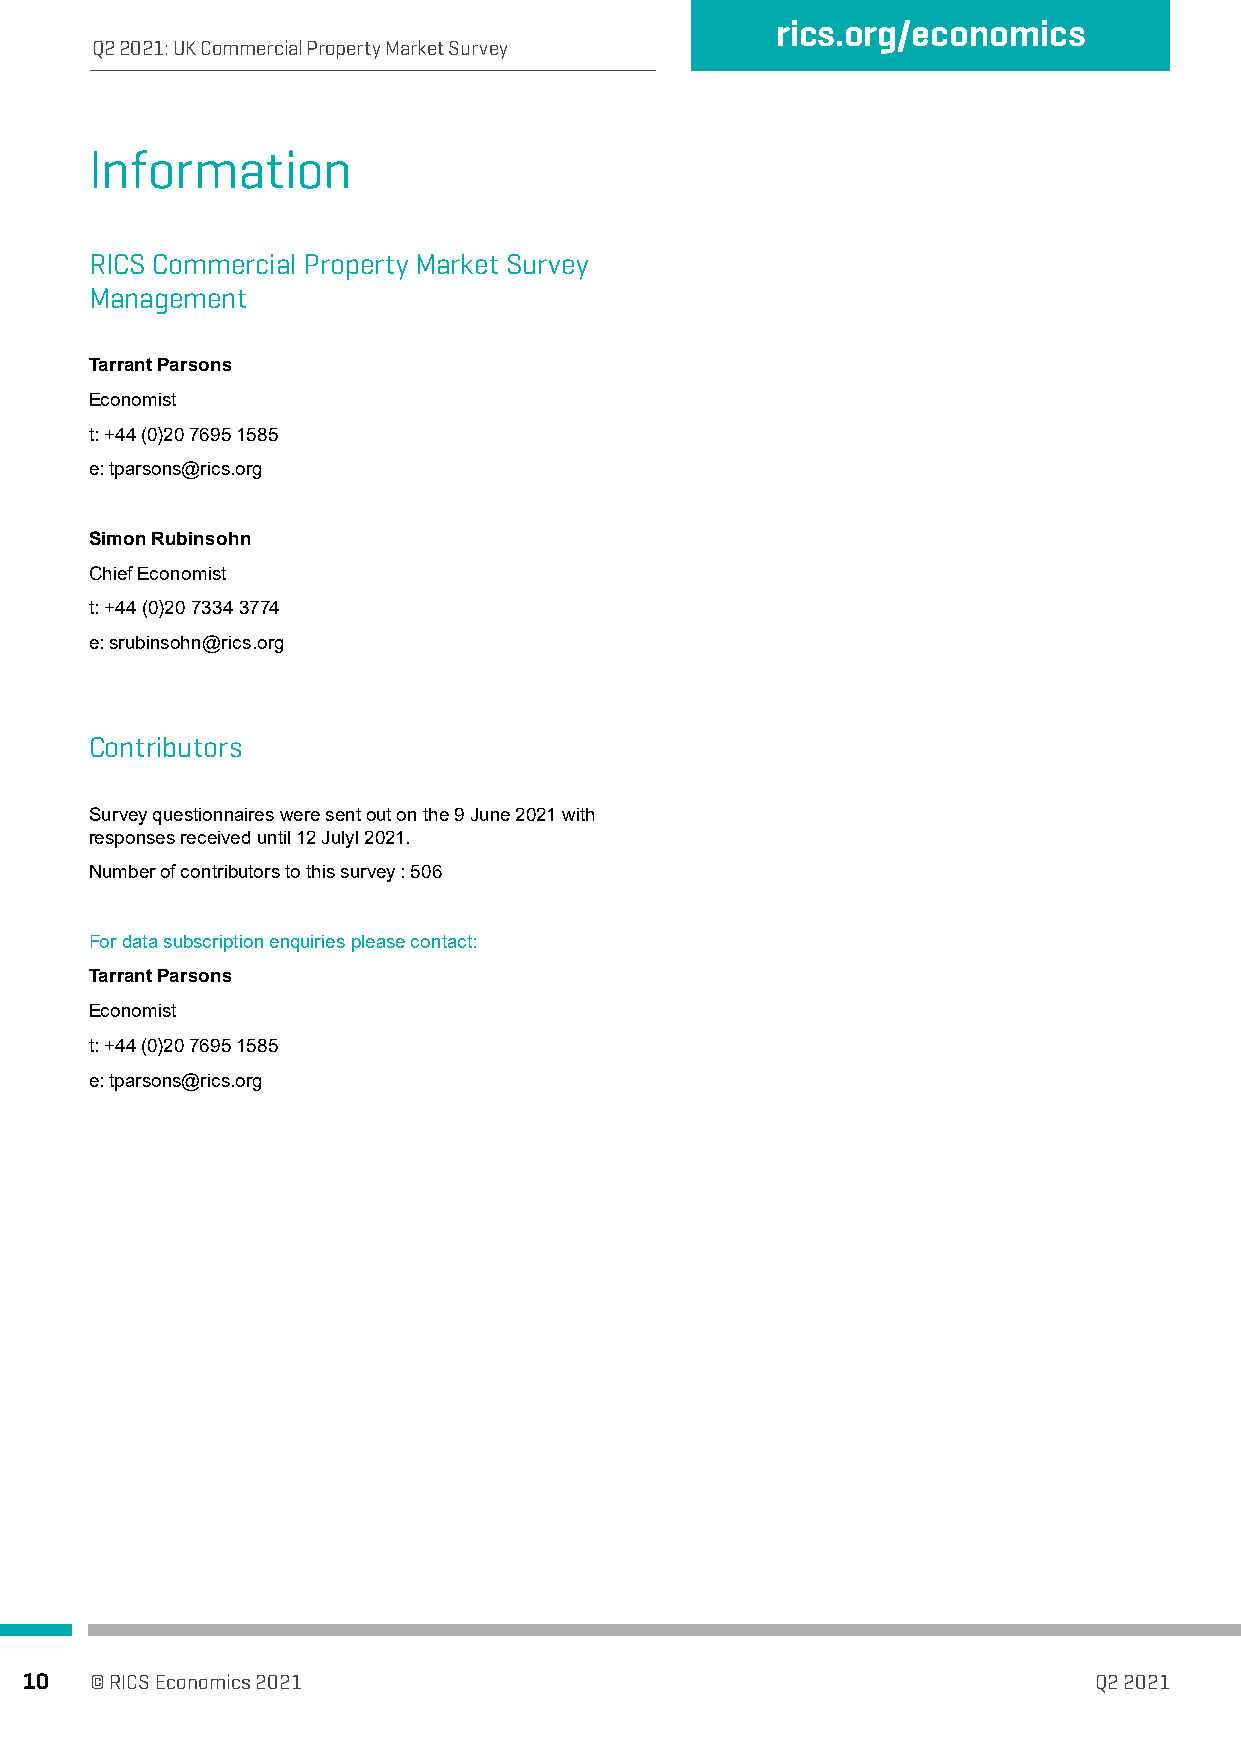
rics.org/economics
 Q2 2021: UK Commercial Property Market Survey
 Information
 RICS Commercial Property Market Survey
 Management
 Tarrant Parsons
 Economist
 t: +44 (0)20 7695 1585
 e: tparsons@rics.org
 Simon Rubinsohn
 Chief Economist
 t: +44 (0)20 7334 3774
 e: srubinsohn@rics.org
 Contributors
 Survey questionnaires were sent out on the 9 June 2021 with
 responses received until 12 Julyl 2021.
 Number of contributors to this survey : 506
 For data subscription enquiries please contact:
 Tarrant Parsons
 Economist
 t: +44 (0)20 7695 1585
 e: tparsons@rics.org
 10  © RICS Economics 2021                                             Q2 2021